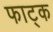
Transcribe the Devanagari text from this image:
फाट्क